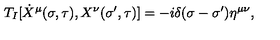
T _ { I } [ \dot { X } ^ { \mu } ( \sigma , \tau ) , X ^ { \nu } ( \sigma ^ { \prime } , \tau ) ] = - i \delta ( \sigma - \sigma ^ { \prime } ) \eta ^ { \mu \nu } ,